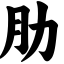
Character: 肋